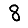
Digit: 8